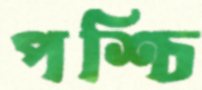
পশ্চি